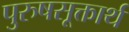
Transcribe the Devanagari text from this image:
पुरुषसूक्तार्थ